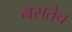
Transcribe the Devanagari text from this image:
नसतेच